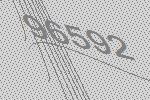
96592